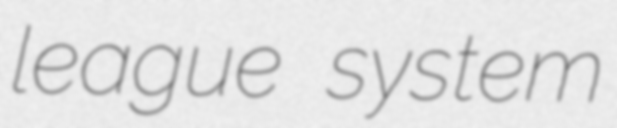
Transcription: league system